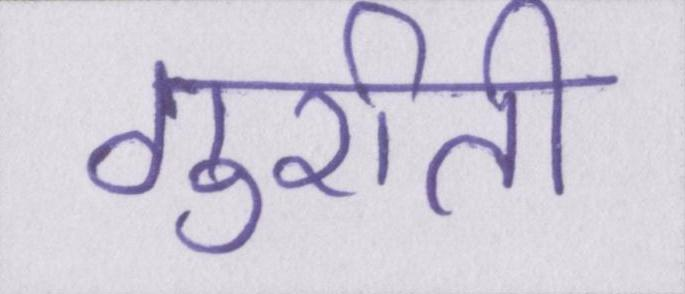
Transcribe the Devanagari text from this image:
गुर्राती